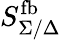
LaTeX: S_{\Sigma/\Delta}^{\mathrm{fb}}